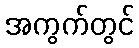
အကွက်တွင်